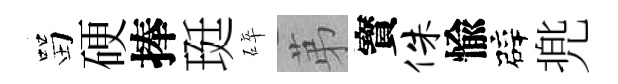
㽞硬捧珽碎苐寳侏愉辟兠